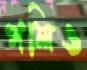
পলিও